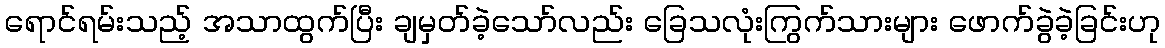
ရောင်ရမ်းသည့် အသာထွက်ပြီး ချမှတ်ခဲ့သော်လည်း ခြေသလုံးကြွက်သားများ ဖောက်ခွဲခဲ့ခြင်းဟု